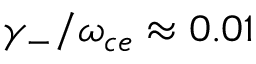
\gamma _ { - } / \omega _ { c e } \approx 0 . 0 1